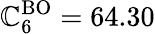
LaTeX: \mathbb{C}_{6}^{\mathrm{{BO}}}=64.30